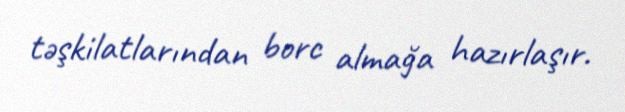
təşkilatlarından borc almağa hazırlaşır.